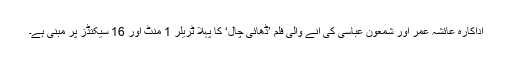
اداکارہ عائشہ عمر اور شمعون عباسی کی آنے والی فلم ’ڈھائی چال‘ کا پہلا ٹریلر 1 منٹ اور 16 سیکنڈز پر مبنی ہے۔